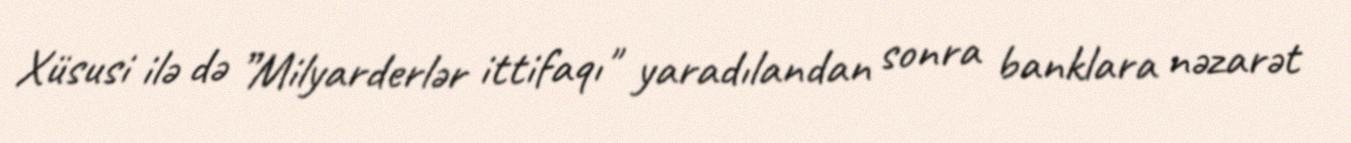
Xüsusi ilə də ”Milyarderlər ittifaqı" yaradılandan sonra banklara nəzarət